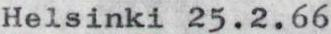
Helsinki 25.2.66